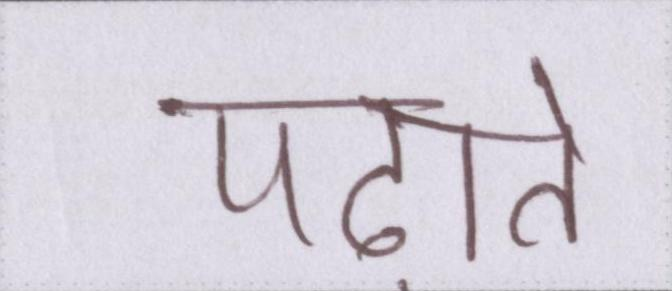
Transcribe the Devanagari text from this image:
पढ़ाते